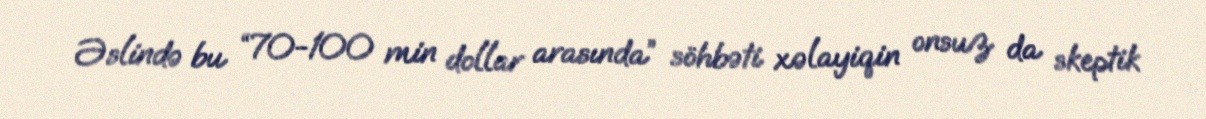
Əslində bu “70-100 min dollar arasında” söhbəti xəlayiqin onsuz da skeptik